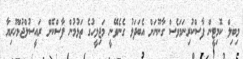
މިބިލް ކޮމިޓީން ފާސްކުރިނަމަވެސް ގާނޫނަށް އެބަދަލު ގެނެވޭނީ މަޖިލީހުގެ ތަޅުމުން ފާސްކޮށް ރައީސުލްޖުމްހޫރިޔާ